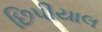
છિપીયાલ